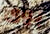
بوى